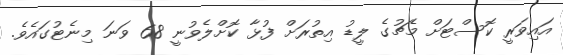
އައިވަރީ ކޮސްޓަށް މެޗުގެ ލީޑު އިތުރަށް ފުޅާ ކޮށްލެވުނީ 68 ވަނަ މިނެޓުގައެވެ.